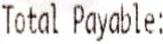
TOTAL PAYABLE: